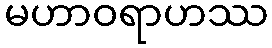
မဟာဝရာဟဿ